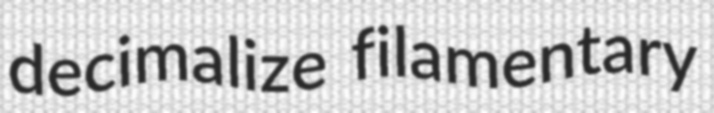
decimalize filamentary